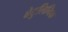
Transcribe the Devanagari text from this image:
बेटुलिनिक